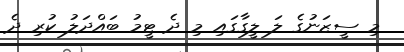
މި ސީޒަނުގެ ލަ ލީގާގައި މި ދެ ޓީމު ބައްދަލު ކުރި ދެ